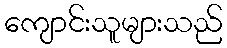
ကျောင်းသူများသည်